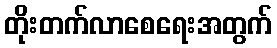
တိုးတက်လာစေရေးအတွက်